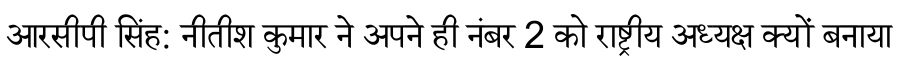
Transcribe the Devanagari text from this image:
आरसीपी सिंह: नीतीश कुमार ने अपने ही नंबर 2 को राष्ट्रीय अध्यक्ष क्यों बनाया